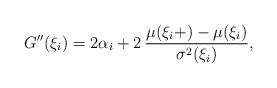
LaTeX: \begin{align*} G''(\xi_i) = 2\alpha_i + 2\,\frac{\mu(\xi_i+)-\mu(\xi_i)}{\sigma^2(\xi_i)},\end{align*}